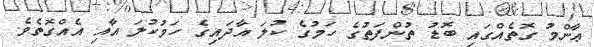
ޢާންމު ގޮތެއްގައި ބޮޑު ތުންފަތުގެ ހަމުގެ ކުލަ އާދައިގެ ހަމުކުލަ އާއި އެއްގޮތެވެ.